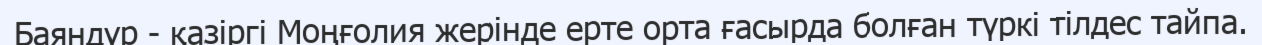
Баяндүр - қазіргі Моңғолия жерінде ерте орта ғасырда болған түркі тілдес тайпа.